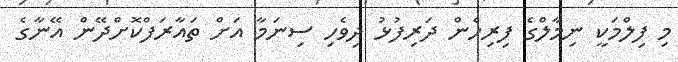
މި ފިލްމަކީ ނިމާލްގެ ފިރިހެން ދަރިފުޅު ދިވެހި ސިނަމާ އަށް ތައާރަފްކޮށްދޭން އޭނާގެ